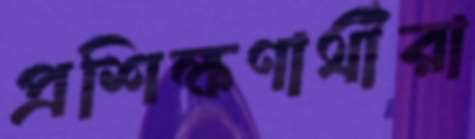
প্রশিক্ষণার্থীরা